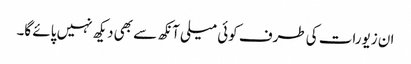
ان زیورات کی طرف کوئی میلی آنکھ سے بھی دیکھ نہیں پائے گا۔